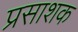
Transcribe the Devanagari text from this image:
प्रसाशक